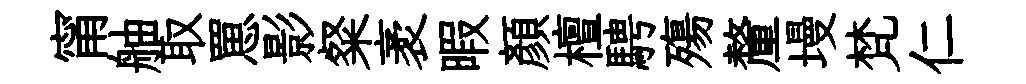
甯舳取罳影粲袤暇顔檀騁殤釐墁梵仁